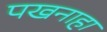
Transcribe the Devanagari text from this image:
पखनाहा